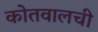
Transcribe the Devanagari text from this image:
कोतवालची